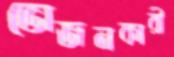
ভোজনকারী